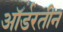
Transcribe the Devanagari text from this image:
ऑर्डरतीन